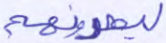
ليصدونهم